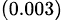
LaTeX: _{(0.003)}